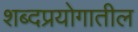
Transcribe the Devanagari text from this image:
शब्दप्रयोगातील